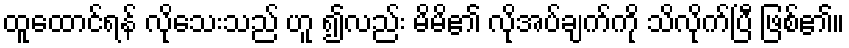
ထူထောင်ရန် လိုသေးသည် ဟူ ၍လည်း မိမိ၏ လိုအပ်ချက်ကို သိလိုက်ပြီ ဖြစ်၏။